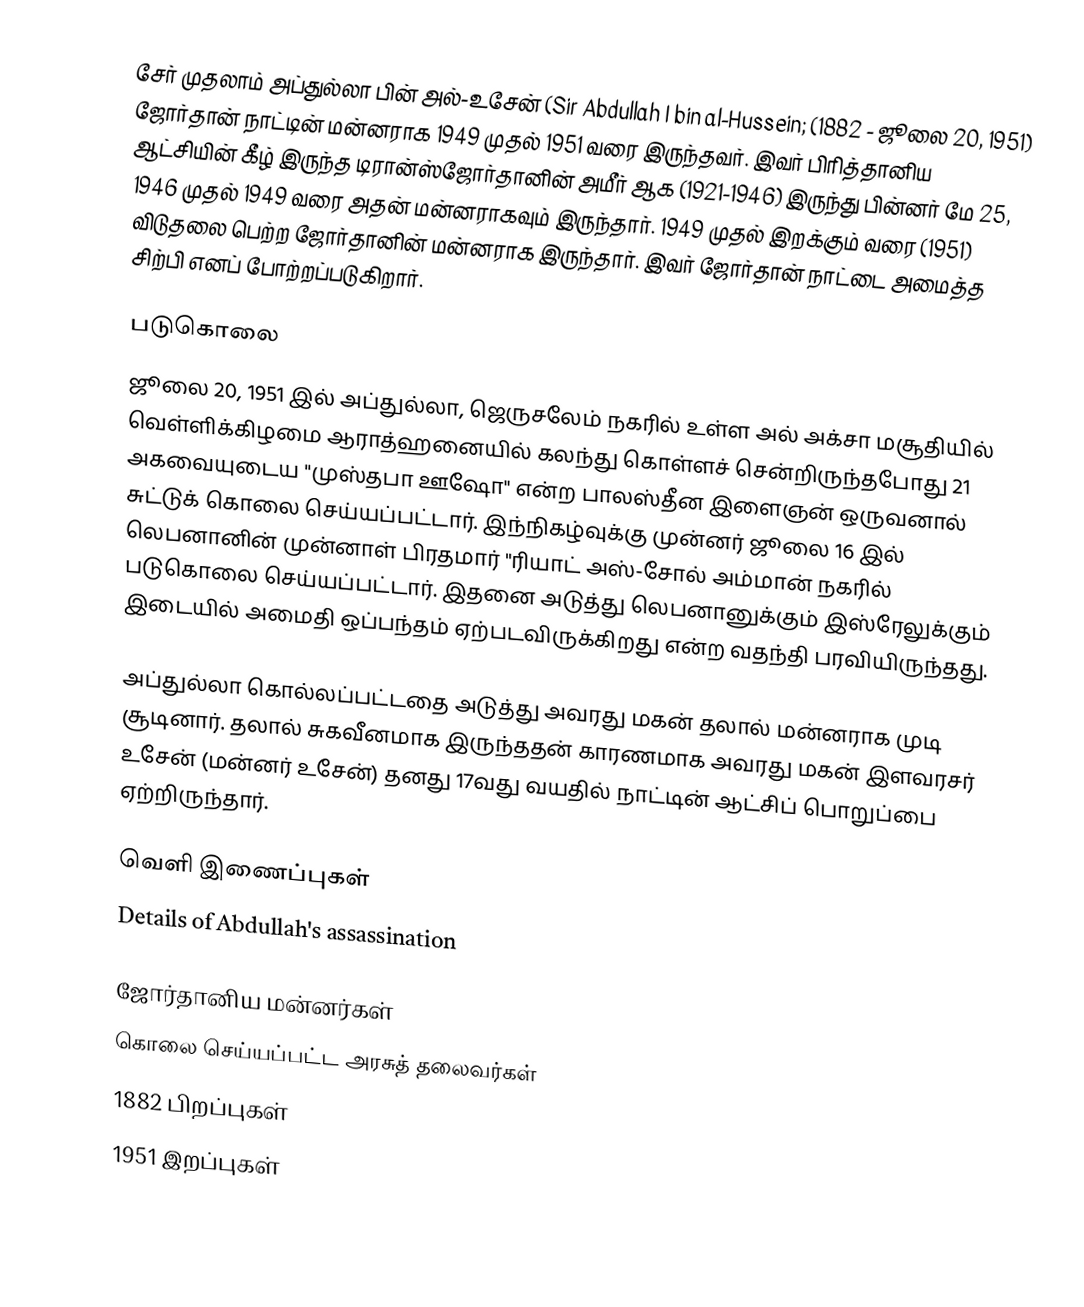
சேர் முதலாம் அப்துல்லா பின் அல்-உசேன் (Sir Abdullah I bin al-Hussein; (1882 - ஜூலை 20, 1951) ஜோர்தான் நாட்டின் மன்னராக 1949 முதல் 1951 வரை இருந்தவர். இவர் பிரித்தானிய ஆட்சியின் கீழ் இருந்த டிரான்ஸ்ஜோர்தானின் அமீர் ஆக (1921-1946) இருந்து பின்னர் மே 25, 1946 முதல் 1949 வரை அதன் மன்னராகவும் இருந்தார். 1949 முதல் இறக்கும் வரை (1951) விடுதலை பெற்ற ஜோர்தானின் மன்னராக இருந்தார். இவர் ஜோர்தான் நாட்டை அமைத்த சிற்பி எனப் போற்றப்படுகிறார்.

படுகொலை
ஜூலை 20, 1951 இல் அப்துல்லா, ஜெருசலேம் நகரில் உள்ள அல் அக்சா மசூதியில் வெள்ளிக்கிழமை ஆராத்ஹனையில் கலந்து கொள்ளச் சென்றிருந்தபோது 21 அகவையுடைய "முஸ்தபா ஊஷோ" என்ற பாலஸ்தீன இளைஞன் ஒருவனால் சுட்டுக் கொலை செய்யப்பட்டார். இந்நிகழ்வுக்கு முன்னர் ஜூலை 16 இல் லெபனானின் முன்னாள் பிரதமார் "ரியாட் அஸ்-சோல் அம்மான் நகரில் படுகொலை செய்யப்பட்டார். இதனை அடுத்து லெபனானுக்கும் இஸ்ரேலுக்கும் இடையில் அமைதி ஒப்பந்தம் ஏற்படவிருக்கிறது என்ற வதந்தி பரவியிருந்தது.

அப்துல்லா கொல்லப்பட்டதை அடுத்து அவரது மகன் தலால் மன்னராக முடி சூடினார். தலால் சுகவீனமாக இருந்ததன் காரணமாக அவரது மகன் இளவரசர் உசேன் (மன்னர் உசேன்) தனது 17வது வயதில் நாட்டின் ஆட்சிப் பொறுப்பை ஏற்றிருந்தார்.

வெளி இணைப்புகள்
 Details of Abdullah's assassination

ஜோர்தானிய மன்னர்கள்
கொலை செய்யப்பட்ட அரசுத் தலைவர்கள்
1882 பிறப்புகள்
1951 இறப்புகள்